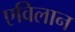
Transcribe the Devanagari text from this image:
एविलान